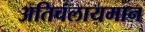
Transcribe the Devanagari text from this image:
अतिचलायमान